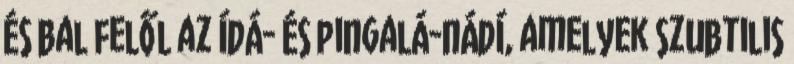
és bal felől az ídá- és pingalá-nádí, amelyek szubtilis